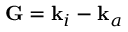
{ \bf G } = { \bf k } _ { i } - { \bf k } _ { a }